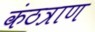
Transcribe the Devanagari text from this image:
कंठत्राण